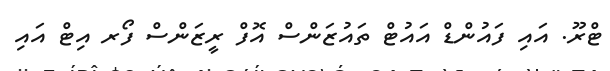
ޓްރޫ. އައި ފައުންޑް އައުޓް ތައުޒަންސް އޮފް ރީޒަންސް ފޯރ އިޓް އައި